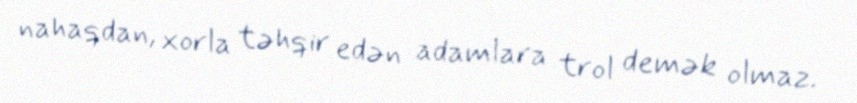
nahaqdan, xorla təhqir edən adamlara trol demək olmaz.